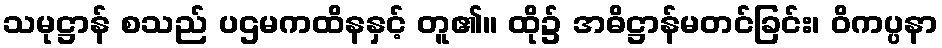
သမုဋ္ဌာန် စသည် ပဌမကထိနနှင့် တူ၏။ ထို၌ အဓိဋ္ဌာန်မတင်ခြင်း၊ ဝိကပ္ပနာ